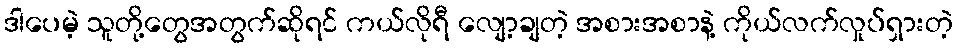
ဒါပေမဲ့ သူတို့တွေအတွက်ဆိုရင် ကယ်လိုရီ လျော့ချတဲ့ အစားအစာနဲ့ ကိုယ်လက်လှုပ်ရှားတဲ့